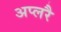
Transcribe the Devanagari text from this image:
अप्लरै